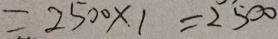
= 2 5 0 0 \times 1 = 2 5 0 0